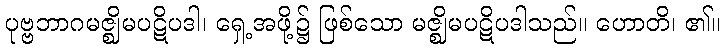
ပုဗ္ဗဘာဂမဇ္ဈိမပဋိပဒါ၊ ရှေ့အဖို့၌ ဖြစ်သော မဇ္ဈိမပဋိပဒါသည်။ ဟောတိ၊ ၏။